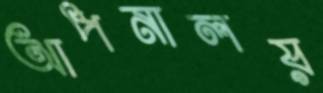
আপনালয়